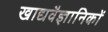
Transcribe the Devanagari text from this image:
खाद्यवैज्ञानिकों